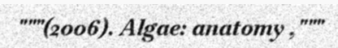
"""(2006). Algae: anatomy ,"""